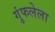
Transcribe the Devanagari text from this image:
गुंफलेला